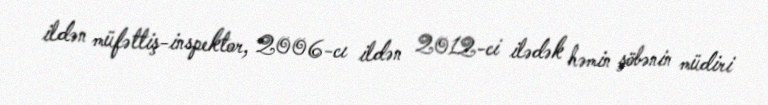
ildən müfəttiş-inspektor, 2006-cı ildən 2012-ci ilədək həmin şöbənin müdiri